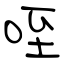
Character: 咥